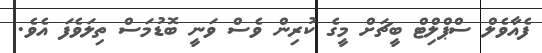
ފެއާވެލް ސްޕްލިްޓް ބީޗަށް މީގެ ކުރިން ވެސް ވަނީ ބޮޑުމަސް ތިލަވެފަ އެވެ.